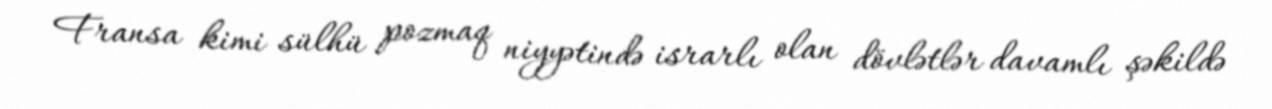
Fransa kimi sülhü pozmaq niyyətində israrlı olan dövlətlər davamlı şəkildə